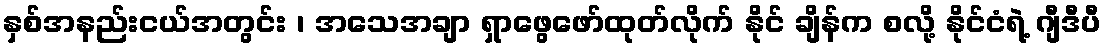
နှစ်အနည်းငယ်အတွင်း ၊ အသေအချာ ရှာဖွေဖော်ထုတ်လိုက် နိုင် ချိန်က စလို့ နိုင်ငံရဲ့ ဂျီဒီပီ